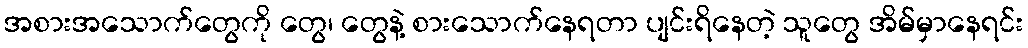
အစားအသောက်တွေကို တွေ၊ တွေနဲ့ စားသောက်နေရတာ ပျင်းရိနေတဲ့ သူတွေ အိမ်မှာနေရင်း